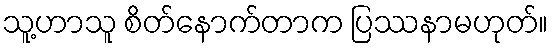
သူ့ဟာသူ စိတ်နောက်တာက ပြဿနာမဟုတ်။